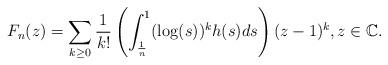
LaTeX: \begin{align*} F_n(z) = \sum_{k\geq0}\frac1{k!}\left(\int_{\frac1n}^1(\log(s))^kh(s)ds\right)(z-1)^k,z\in\mathbb{C}. \end{align*}